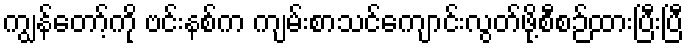
ကျွန်တော့်ကို ဗင်းနစ်က ကျမ်းစာသင်ကျောင်းလွတ်ဖို့စီစဉ်ထားပြီးပြီ